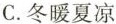
C.冬暖夏凉